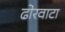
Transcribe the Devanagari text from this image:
ढोरवाटा